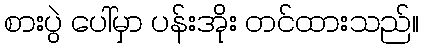
စားပွဲ ပေါ်မှာ ပန်းအိုး တင်ထားသည်။